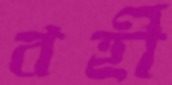
বর্হী